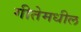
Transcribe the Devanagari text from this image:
गीतेमधील